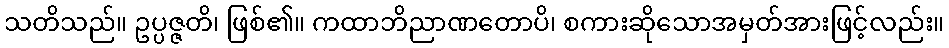
သတိသည်။ ဥပ္ပဇ္ဇတိ၊ ဖြစ်၏။ ကထာဘိညာဏတောပိ၊ စကားဆိုသောအမှတ်အားဖြင့်လည်း။